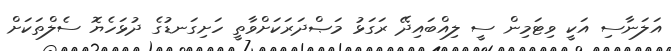
އަލަނާސި އަކީ ވިޓަމިން ސީ ލިއްބައިދޭ ރަގަޅު މަޞްދަރަކަށްވާތީ ހަށިގަނޑުގެ ދުޅަހެޔޮ ސެލްތަކަށް